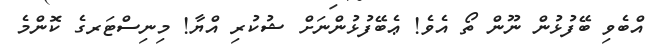
އްބެވި ބޭފުޅުން ނޫން ތޯ އެވެ! ޢެބޭފުޅުންނަށް ޝުކުރި އްޔާ! މިނިސްޓަރގެ ކޮންމެ